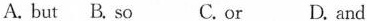
A. but B. So C.or D. and